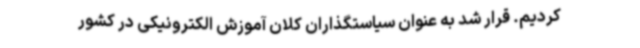
کردیم. قرار شد به عنوان سیاستگذاران کلان آموزش الکترونیکی در کشور